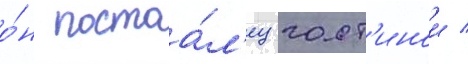
о́н постоа́л'ец гост'инои /